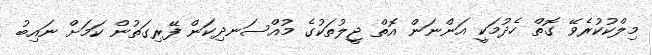
މިލްކުކުރެވޭ ގޮތް ހެދުމަކީ އަންނަން އޮތް ޖީލުތަކުގެ މުއްސަނދިކަން ފޭރިގަތުން ކަމަށް ނައިބު